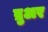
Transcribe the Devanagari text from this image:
ब्रुअर